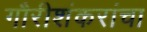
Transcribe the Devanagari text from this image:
गौरीशंकरांचा